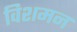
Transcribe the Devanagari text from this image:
विशमन